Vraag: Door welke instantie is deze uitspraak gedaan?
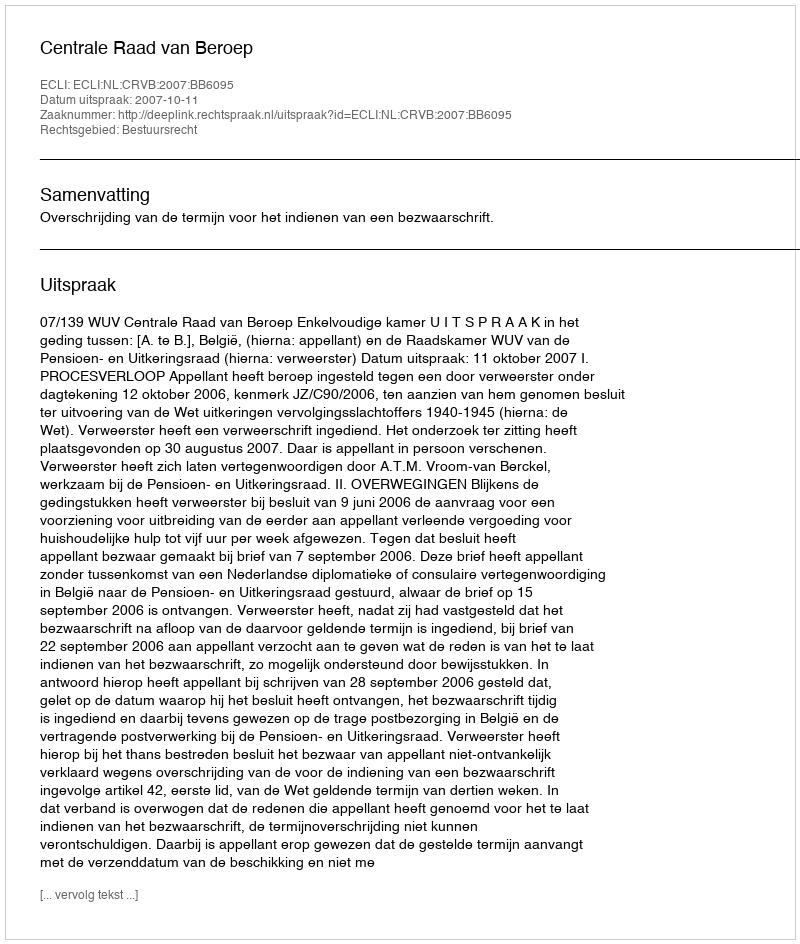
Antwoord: Centrale Raad van Beroep